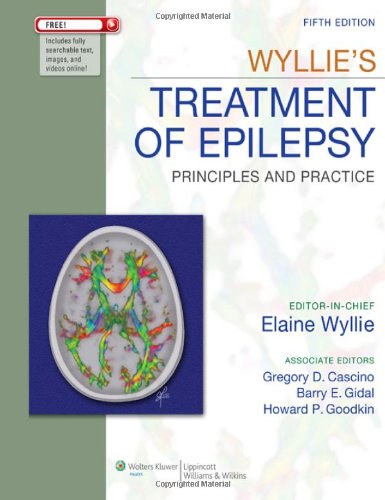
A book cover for Wyllie's Treatment of Epilepsy: Principles and Practice (Wyllie, Treatment of Epilepsy); Health, Fitness & Dieting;